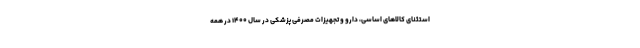
استثنای کالاهای اساسی، دارو و تجهیزات مصرفی پزشکی در سال ۱۴۰۰ در همه